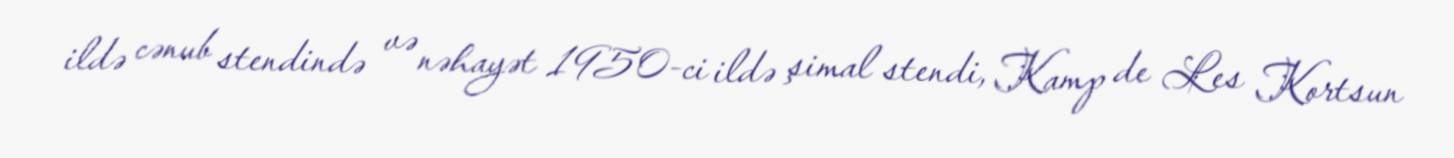
ildə cənub stendində və nəhayət 1950-ci ildə şimal stendi, Kamp de Les Kortsun